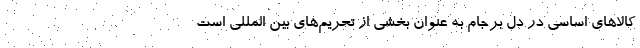
کالاهای اساسی در دل برجام به عنوان بخشی از تحریم‌های بین المللی است